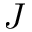
J